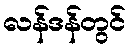
လန်ဒန်တွင်